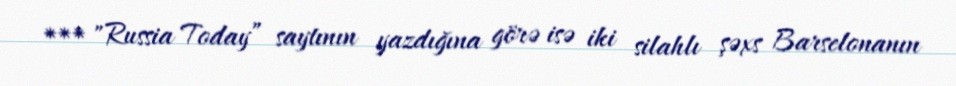
*** "Russia Today” saytının yazdığına görə isə iki silahlı şəxs Barselonanın